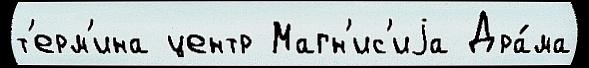
т'ерм'ина центр Магн'ис'иjа Дра́ма